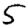
Digit: 5